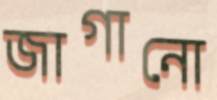
জাগানো